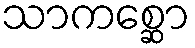
သာကစ္ဆော